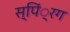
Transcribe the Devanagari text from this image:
स्पिं्रग